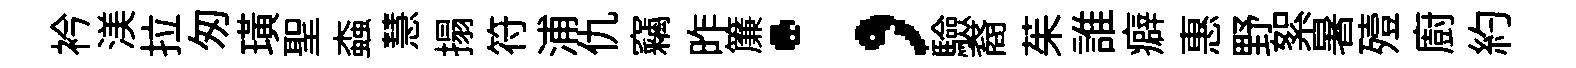
衿渼拉匆璜聖螙慧搨符浦仇竊昨簾；驗裔茱誰癖惠野絮暑殪廚約